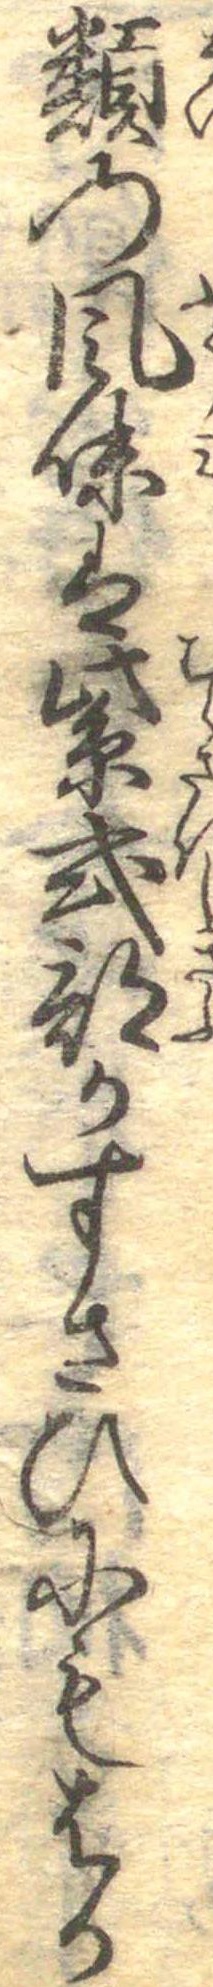
類の風味は紫式部かすさひにもはか